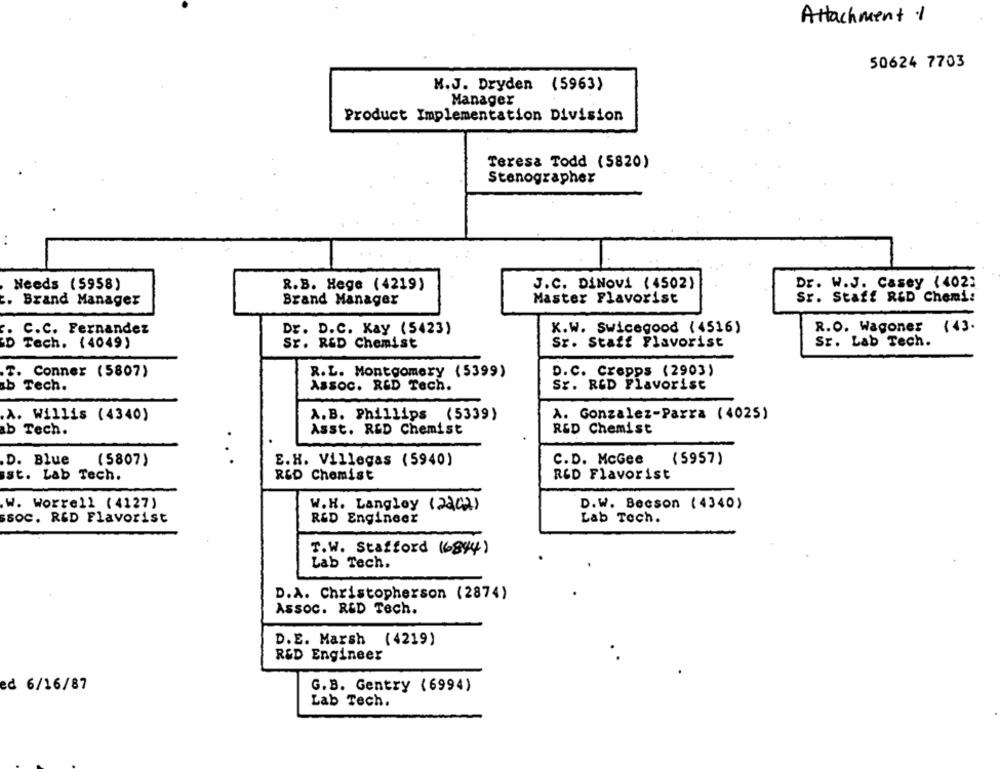
Attachment .1
50624 7703
M.J. Dryden (5963)
Manager
Product Implementation Division
Teresa Todd (5820)
Stenographer
J.C. DiNovi (4502)
Dr. W.J. Casey (4021
Needs (5958)
R.B. Hege (4219)
Brand Manager
Master Flavorist
Sr. Staff R&D Chemi:
Brand Manager
C.C. Fernandez
Dr. D.C. Kay (5423)
K.W. Swicegood (4516)
R.O. Wagoner
(43.
D Tech. (4049)
Sr. R&D Chemist
Sr. Staff Flavorist
Sr. Lab Tech.
T. Conner (5807)
R.L. Montgomery (5399)
D.C. Crepps (2903)
ab Tech.
Assoc. RED Tech.
Sr. RED Flavorist
A.B. Phillips (5339)
A. Gonzalez-Parra (4025)
A. Willis (4340)
Asst. RØD Chemist
R&D Chemist
b Tech.
D. Blue
(5807)
C.D. McGee
( 5957)
E.H. Villegas (5940)
st. Lab Tech.
R&D Chemist
R&D Flavorist
w. Worrell (4127)
W.H. Langley (2202)
D.W. Becson ( 4340)
SSOC. RED Flavorist
R&D Engineet
Lab Tech.
T.W. Stafford (6844)
Lab Tech.
D.A. Christopherson (2874)
Assoc. R&D Tech.
D.E. Marsh (4219)
R&D Engineer
ed 6/16/87
G.B. Gentry (6994)
Lab Tech.